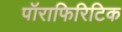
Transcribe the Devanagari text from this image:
पॉराफिरिटिक